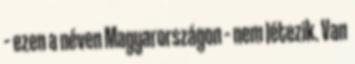
– ezen a néven Magyarországon – nem létezik. Van